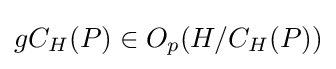
gC_{H}(P)\in O_{p}(H/C_{H}(P))